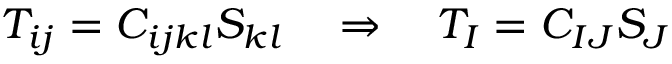
T _ { i j } = C _ { i j k l } S _ { k l } \quad \Rightarrow \quad T _ { I } = C _ { I J } S _ { J }